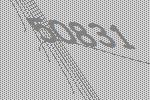
50831